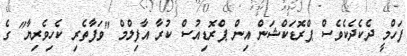
ފަހްމީ ދެކެދެކެވެސް ޕްރޮޑަކްޝަން އިން ޕްރޮޑިއުސް ކުރާ އާފިލްމް "ވަފާތެރި ކެހިވެރިޔާ" ގެ